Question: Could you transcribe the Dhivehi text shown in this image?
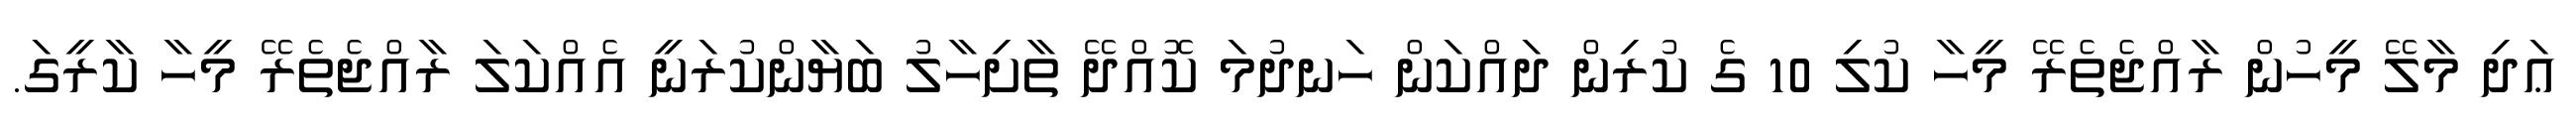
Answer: ޢަދި މާލޭ މީހުން ރާއްޖެތެރޭ މީހާ ކުލި 10 ގެ ކުރިން ދައްކަން ހަނދުމަ ކޮއްދޭ ތާށިހާލު ބަޔާންކުރަނީ އެއްކަލަ ރާއްޖެތެރޭ މީހާ ކާރީގަ.